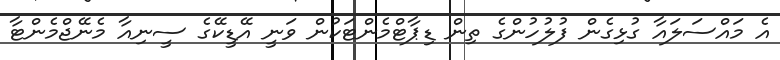
އެ މައްސަލައާ ގުޅިގެން ފުލުހުންގެ ތިން ޑިޕާޓްމެންޓަކުން ވަނީ އޭޑީކޭގެ ސީނިއާ މެނޭޖްމެންޓާ